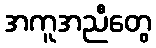
အကူအညီတွေ